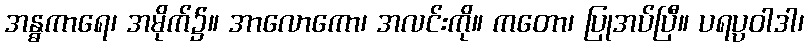
အန္ဓကာရေ၊ အမိုက်၌။ အာလောကော၊ အလင်းကို။ ကတော၊ ပြုအပ်ပြီ။ ပရပ္ပဝါဒါ၊